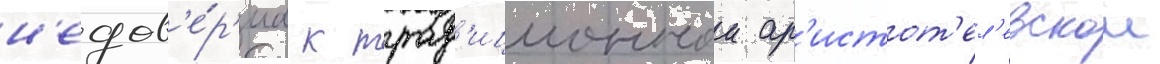
н'едов'е́р'иа к трад'иционнои ар'истот'ел'евскои